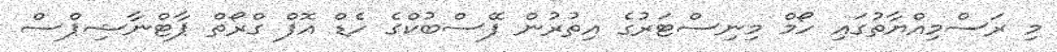
މި ރަސްމިއްޔާތުގައި ހޯމް މިނިސްޓަރުގެ އިތުރުން ފޭސްބުކްގެ ހެޑް އޮފް ގްރޯތް ޕާޓްނާޝިޕްސް